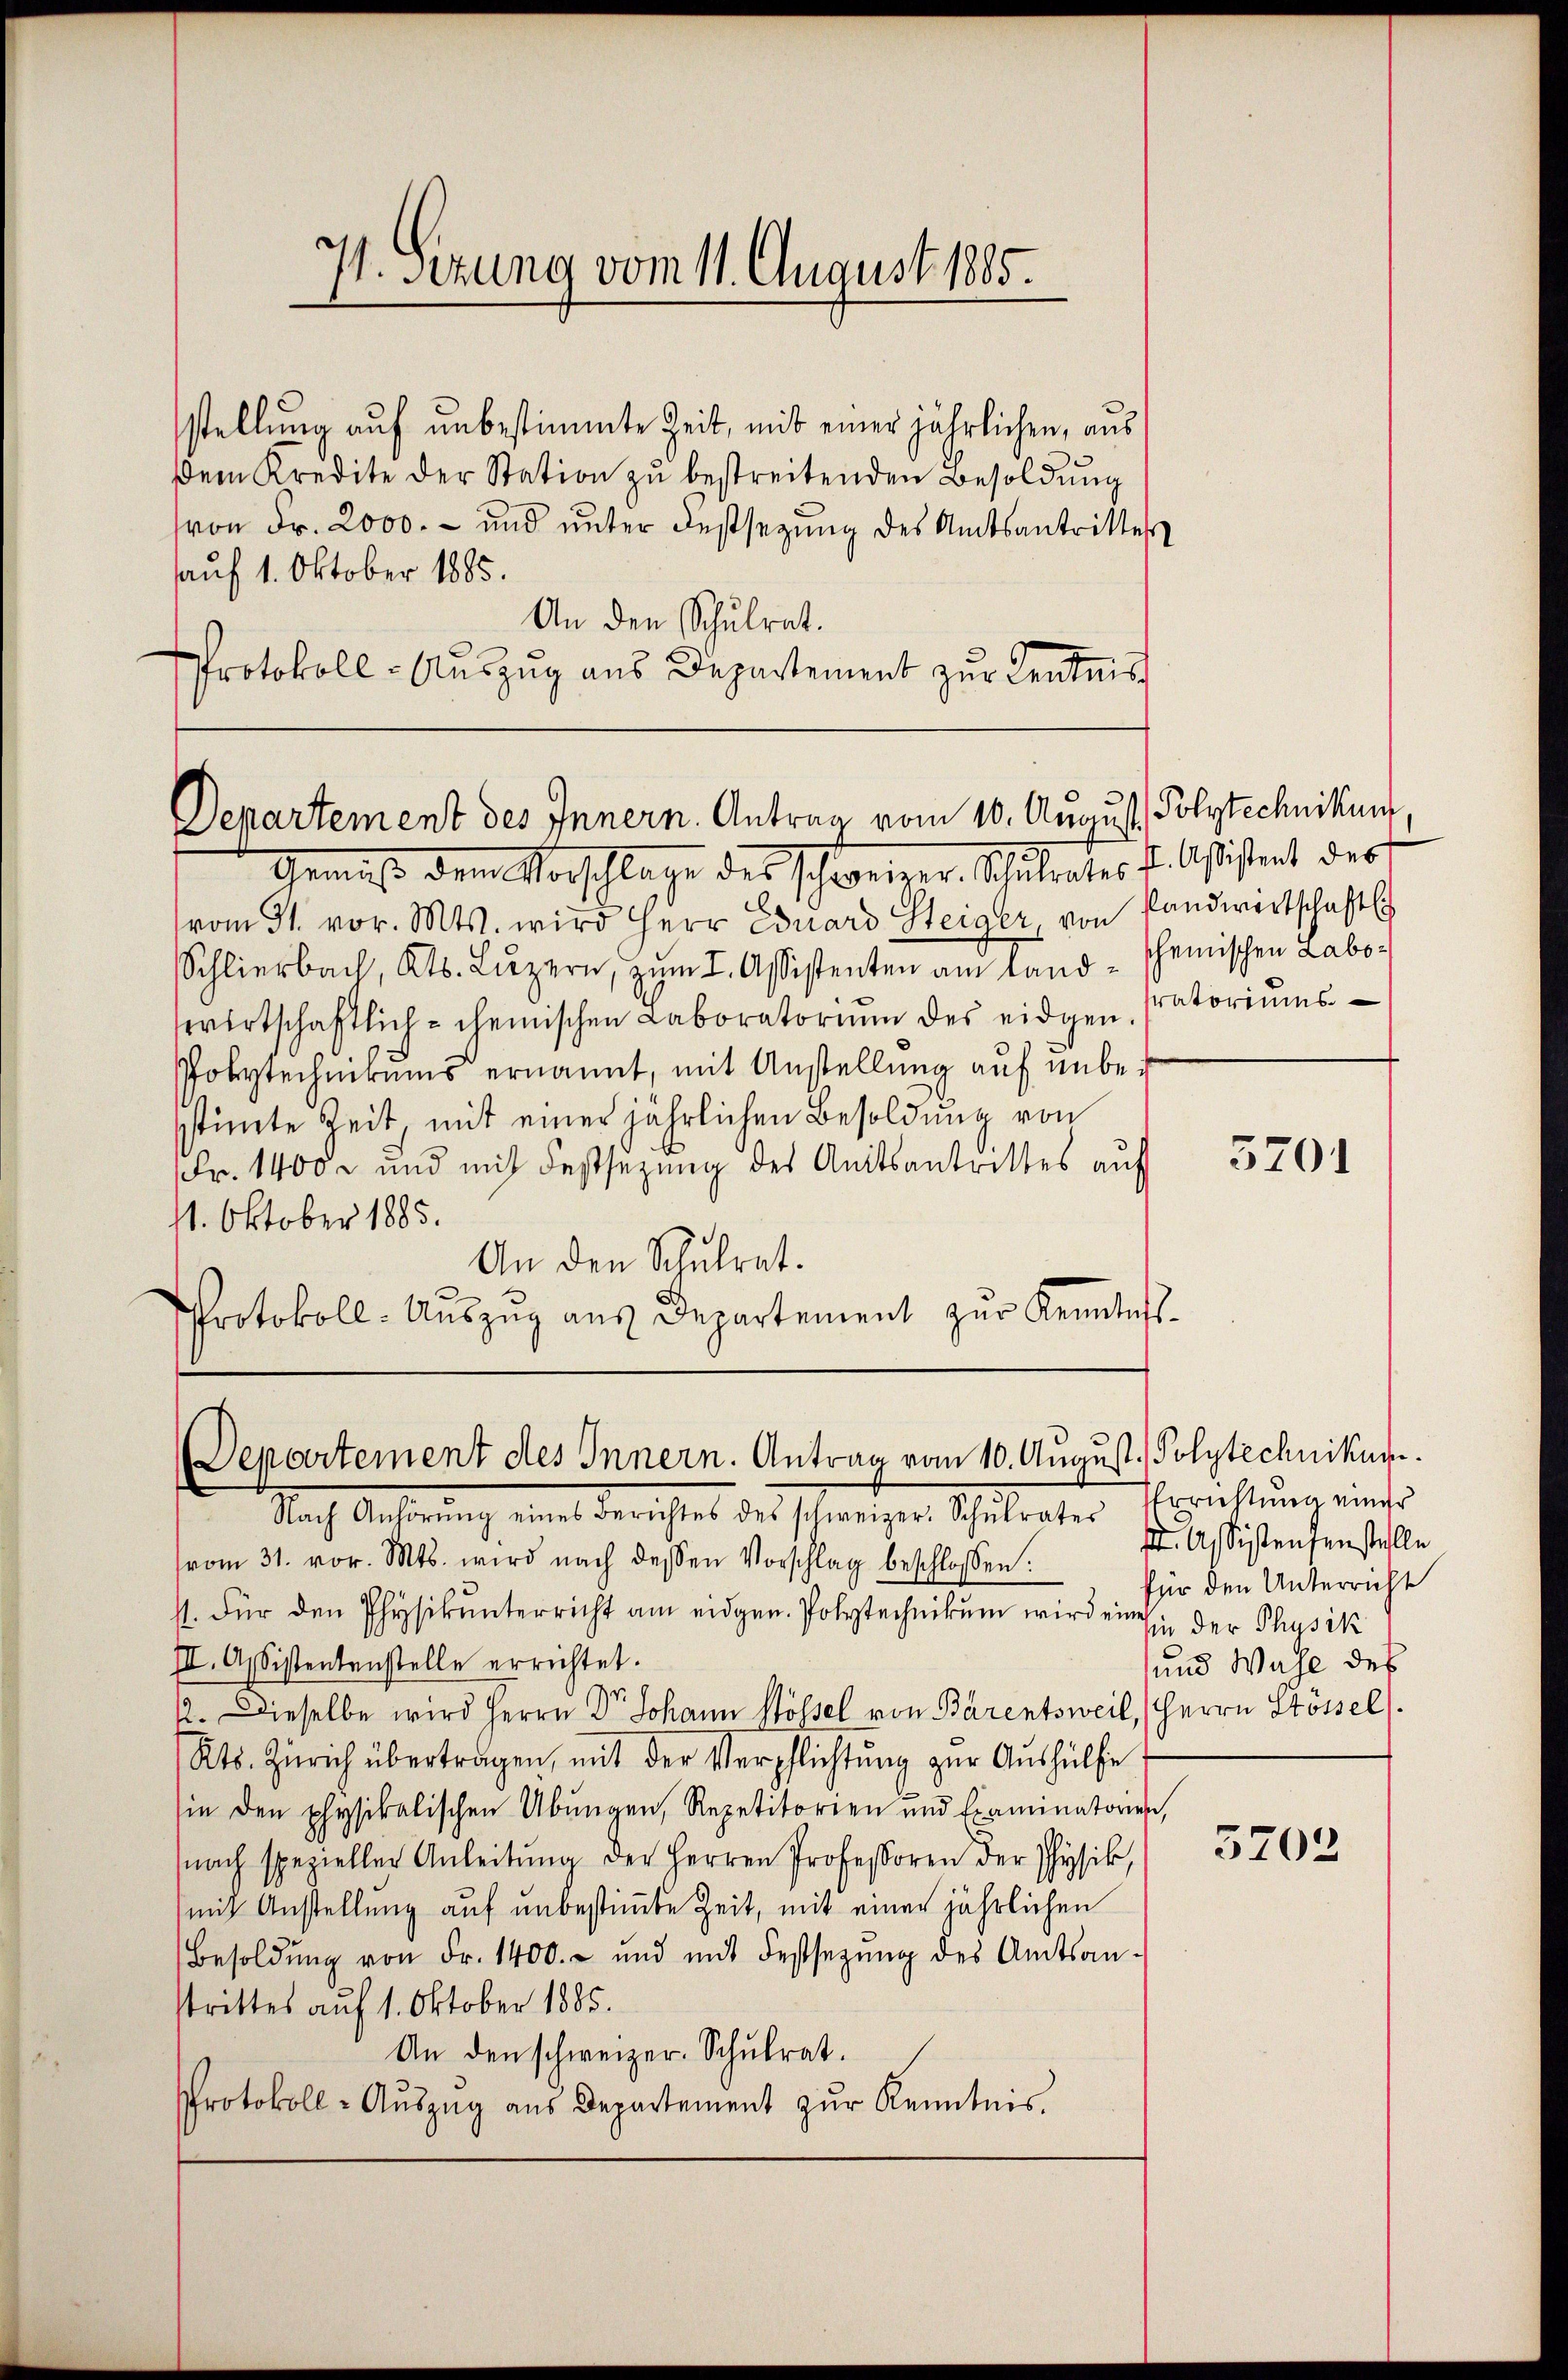
71. Setzung vom 11. August 1885.

stellung auf unbestimmte Zeit, mit einer jährlichen, aus
Dem Kredite der Station zŭ bestreitenden Besoldŭng
(von Fr. 2000.- und unter Festsezung des Amtsantrittes
auf 1. Oktober 1885.
An den Schulrat.
Protokoll- Auszug aus Departement zur Kentnis

Departement des Innern. Antrag vom 10. August, Polytechnikum

Departement des Innern. Antrag vom 10. August. Polytechnikum.

Gemise dem Vorschlage des schweizer, Schulrates P. Apistet des
vom 31. vor. Mts. wird Herr Eduard Steiger, von Landwirtschaftli
Schlierbach, Kts. Lŭzern, zŭm I. Assistenten am land - scheinischen Labo-
sewirtschaftlich- chemischen Laboratoriŭm des eidgen.
Polytechnikums ernannt, mit Anstellung auf unbesstimmte Zeit mit einer jährlichen Besoldung von
Fr. 1400 - und mit Festsezung des Amitsantrittes auf
11. Oktober 1885.
An den Schulrat.
Protokoll- Aŭszŭg aŭs Departement zŭr Kenntniss

Nach Anhörung eines derichtes des schweiger Schulrater Errichtŭng einer
(vom 31. vor. Mts. wird nach dessen Vorschlag beschlossen:
st. Für den Physikunterricht am eidgen. Polytechnikum wird ein der Physik
III. Assistentenstelle errichtet.
.
1. Dieselbe wird Herrn Dr Johann Stössel von Barentsweil, Herrn Stossel
Kts. Zürich übertragen, mit der Verpflichtŭng zŭr Aŭshülfe
sie den physikalischen Übungen, Repetitorien und Examinatorien,
nach spezieller Anleitŭng der Herren Professoren der Physik,
mit Anstellung auf unbestimte Zeit, mit einer jährlichen
Besoldŭng von Fr. 1400.- und mit Festsetzŭng des Amtsan-
strittes auf 1. Oktober 1885.
An den schweizer. Schulrat.
Protokoll-Aŭszŭg aŭs Departement zŭr Kenntnis.

Pratoriums

5701

D. Assistensenstelle
für den Unterricht
und Wahl des

3702